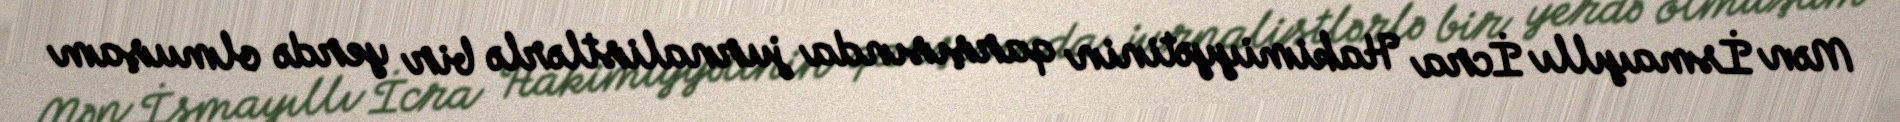
Mən İsmayıllı İcra Hakimiyyətinin qarşısında jurnalistlərlə bir yerdə olmuşam